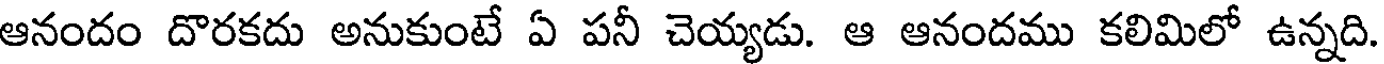
ఆనందం దొరకదు అనుకుంటే ఏ పనీ చెయ్యడు. ఆ ఆనందము కలిమిలో ఉన్నది.